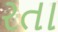
રતા